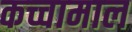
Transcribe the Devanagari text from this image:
कच्चामाल